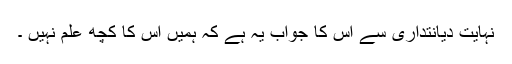
نہایت دیانتداری سے اس کا جواب یہ ہے کہ ہمیں اس کا کچھ علم نہیں ۔